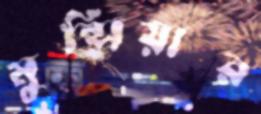
মুন্সিয়ার